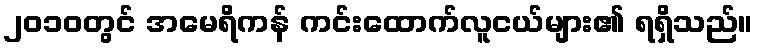
၂၀၁၀တွင် အမေရိကန် ကင်းထောက်လူငယ်များ၏ ရရှိသည်။